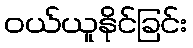
ဝယ်ယူနိုင်ခြင်း